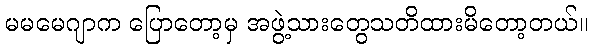
မမမေဂျာက ပြောတော့မှ အဖွဲ့သားတွေသတိထားမိတော့တယ်။